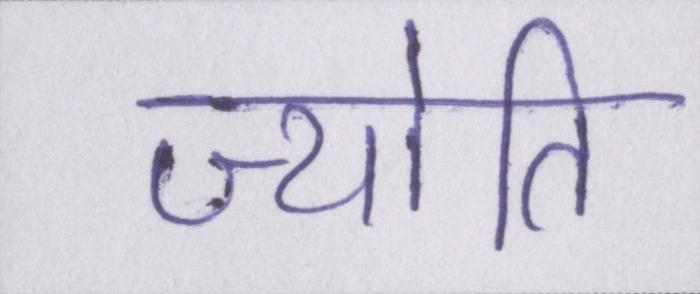
ज्योति